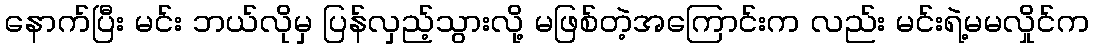
နောက်ပြီး မင်း ဘယ်လိုမှ ပြန်လှည့်သွားလို့ မဖြစ်တဲ့အကြောင်းက လည်း မင်းရဲ့မမလှိုင်က